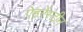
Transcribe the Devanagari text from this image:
ऐहरेंस्टीन